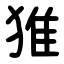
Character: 猚